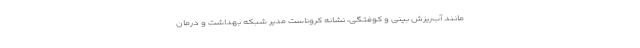
مانند آب‌ریزش بینی و کوفتگی، نشانه کروناست مدیر شبکه بهداشت و درمان